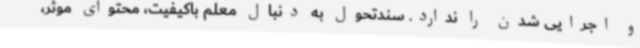
و اجرایی شدن را ندارد. سندتحول به دنبال معلم باکیفیت، محتوای موثر،